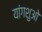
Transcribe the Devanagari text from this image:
यांगशुओ